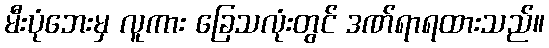
မီးပုံဘေးမှ လူကား ခြေသလုံးတွင် ဒဏ်ရာရထားသည်။